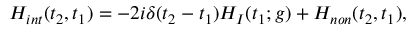
H _ { i n t } ( t _ { 2 } , t _ { 1 } ) = - 2 i \delta ( t _ { 2 } - t _ { 1 } ) H _ { I } ( t _ { 1 } ; g ) + H _ { n o n } ( t _ { 2 } , t _ { 1 } ) ,